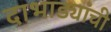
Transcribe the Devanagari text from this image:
दाभाड्यांची